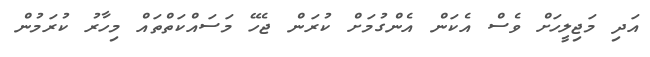
އަދި މަޖިލީހަށް ވެސް އެކަން އެންގުމަށް ކުރަން ޖެހޭ މަސައްކަތްތައް މިހާރު ކުރަމުން